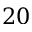
2 0